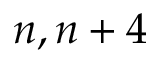
n , n + 4